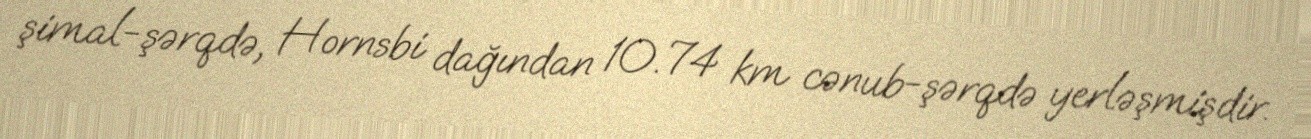
şimal-şərqdə, Hornsbi dağından 10.74 km cənub-şərqdə yerləşmişdir.